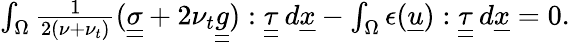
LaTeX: \begin{array}{r}{\int_{\Omega}\frac{1}{2(\nu+\nu_{t})}(\underline{{\underline{{\sigma}}}}+2\nu_{t}\underline{{\underline{{g}}}}):\underline{{\underline{{\tau}}}}\: d\underline{{x}}-\int_{\Omega}\epsilon(\underline{{u}}):\underline{{\underline{{\tau}}}}\: d\underline{{x}}=0.}\end{array}